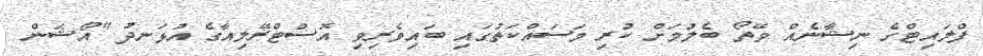
ފްލައިޓްގެ ނިޝާނެއް ވޭތޯ ބެލުމަށް ކުރި މަސައްކަތުގައި ބައިވެރިވި އޮސްޓްރޭލިއާގެ އުޅަނދު "އޯޝަން